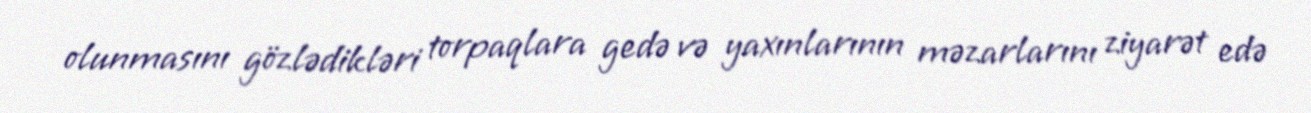
olunmasını gözlədikləri torpaqlara gedə və yaxınlarının məzarlarını ziyarət edə